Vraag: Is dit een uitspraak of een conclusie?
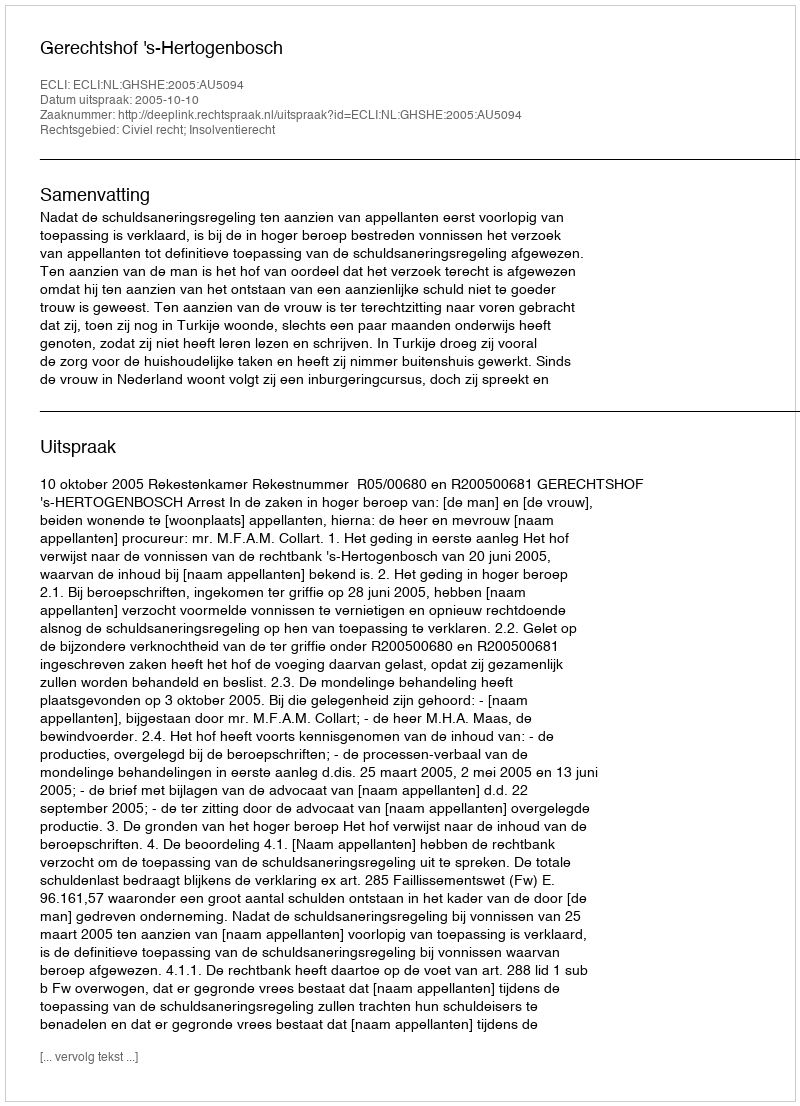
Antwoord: Uitspraak